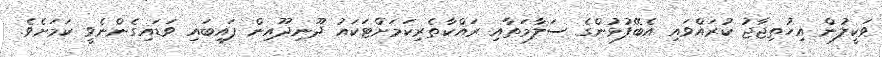
ވަކީލުން އިހުތިޖާޖު ކުރައްވައި އެބޭފުޅުންގެ ސަލާމަތާއި ރައްކާތެރިކަމަށްޓަކައު ދޫނިދޫއިން ފައިބައި ވަޑައިގެންނެވީ ކަމަށެވެ.